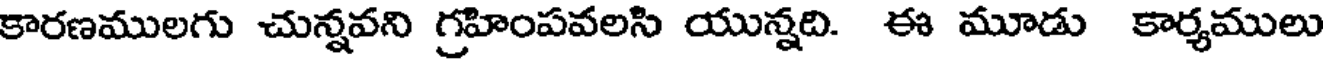
కారణములగు చున్నవని గ్రహింపవలసి యున్నది. ఈ మూడు కార్యములు